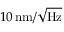
1 0 \, \mathrm { n m } / \sqrt \mathrm { H z }